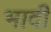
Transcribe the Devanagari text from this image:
भादी